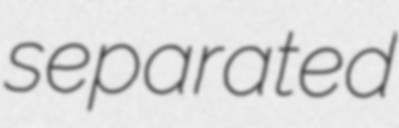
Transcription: separated